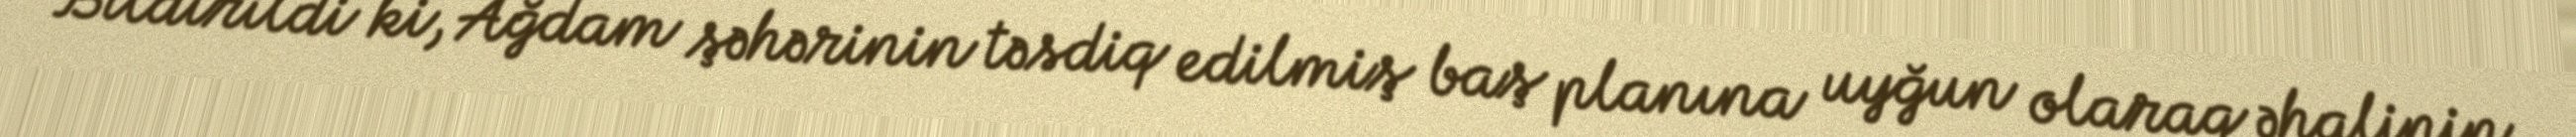
Bildirildi ki, Ağdam şəhərinin təsdiq edilmiş baş planına uyğun olaraq əhalinin